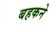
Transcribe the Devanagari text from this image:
बहकने